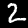
Label: 2